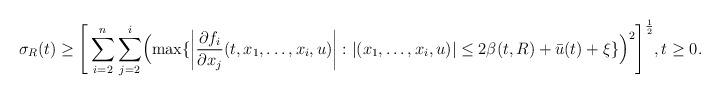
LaTeX: \begin{align*} \sigma_{R}(t)\ge\Biggl[&\sum_{i=2}^{n}\sum_{j=2}^{i}\Bigl(\max\lbrace\left|\frac{\partial f_{i}}{\partial x_{j}}(t,x_{1},\ldots,x_{i},u)\right|:|(x_{1},\ldots,x_{i},u)|\le 2\beta(t,R)+\bar{u}(t)+\xi\rbrace\Bigr)^{2}\Biggr]^{\frac{1}{2}},t\ge 0.\end{align*}